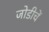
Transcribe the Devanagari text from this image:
जोडीचें